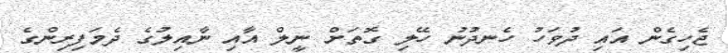
ޖެހިގެން އައި ދުވަހު ހެނދުނު ހޭލި ގޮތަށް ނީލް އާއި ނާއިލުގެ ދެމަފިރިންގެ